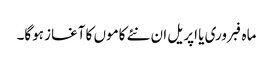
ماہ فبروری یا اپریل ان نئے کاموں کا آغاز ہوگا۔